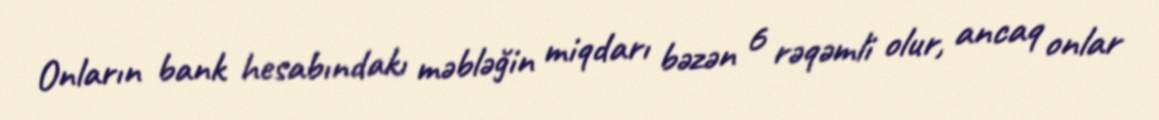
Onların bank hesabındakı məbləğin miqdarı bəzən 6 rəqəmli olur, ancaq onlar